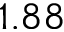
1 . 8 8